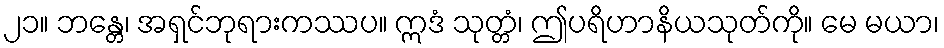
၂၁။ ဘန္တေ၊ အရှင်ဘုရားကဿပ။ ဣဒံ သုတ္တံ၊ ဤပရိဟာနိယသုတ်ကို။ မေ မယာ၊